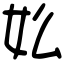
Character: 𡚸